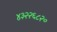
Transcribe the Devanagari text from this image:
४३२२६८२०